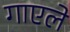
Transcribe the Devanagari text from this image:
गाएले